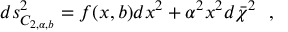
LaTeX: d s _ { C _ { 2 , \alpha , b } } ^ { 2 } = f ( x , b ) d x ^ { 2 } + \alpha ^ { 2 } x ^ { 2 } d \bar { \chi } ^ { 2 } ~ ~ ,